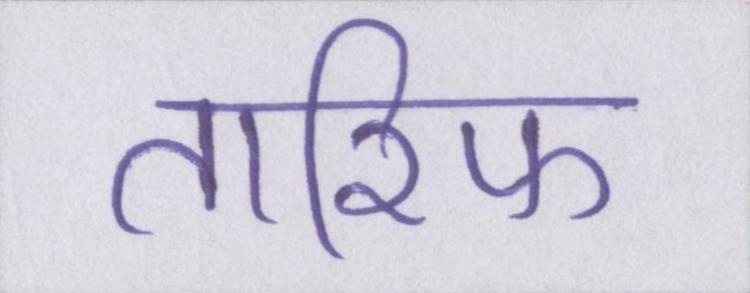
तारिफ